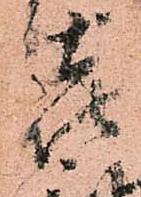
喜